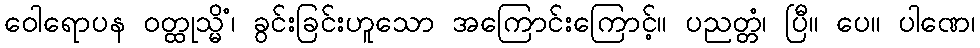
ဝေါရောပန ဝတ္ထုသ္မိံ၊ ခွင်းခြင်းဟူသော အကြောင်းကြောင့်။ ပညတ္တံ၊ ပြီ။ ပေ။ ပါဏေ၊